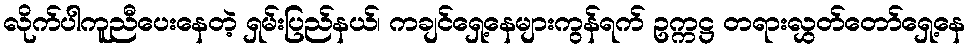
လိုက်ပါကူညီပေးနေတဲ့ ရှမ်းပြည်နယ်၊ ကချင်ရှေ့နေများကွန်ရက် ဥက္ကဋ္ဌ တရားလွှတ်တော်ရှေ့နေ